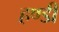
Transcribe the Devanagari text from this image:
हण्डी